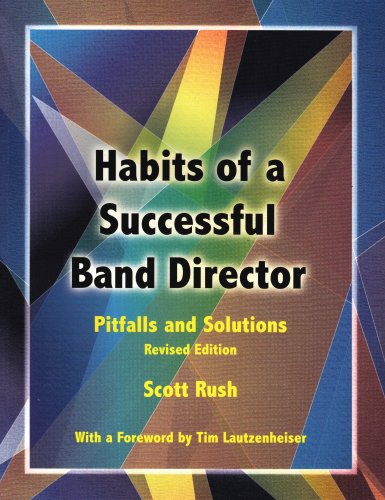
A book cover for Habits of a Successful Band Director: Pitfalls and Solutions/G6777; Scott Rush; Arts & Photography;